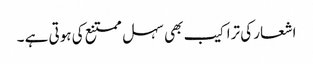
اشعار کی تراکیب بھی سہل ممتنع کی ہوتی ہے ۔